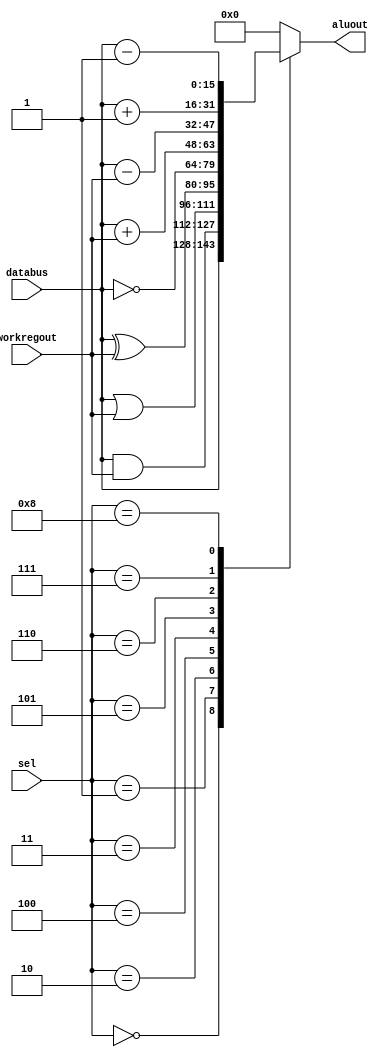
module ALU(
    input wire [15:0] databus,
    input wire [15:0] workregout,
    input wire [3:0] sel,
    output reg [15:0] aluout
);
parameter alupass=0 ;
parameter andOp=1;
parameter orOp=2;
parameter notOp=3;
parameter xorOp=4;
parameter plus=5;
parameter sub=6;
parameter inc=7;
parameter dec=8;
parameter zero=9;

always @(databus or workregout or sel) 
case (sel)
    alupass: aluout<=databus;
    andOp: aluout<=databus&workregout;
    orOp: aluout<=databus|workregout;
    xorOp: aluout<=databus^workregout;
    notOp: aluout<=~databus;
    plus: aluout<=databus+workregout;
    sub: aluout<=databus-workregout;
    inc: aluout<=databus+16'd1;
    dec: aluout<=databus-16'd1;
    zero: aluout<=0;
    default:
    aluout<=0; 
endcase
endmodule